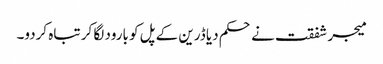
میجر شفقت نے حکم دیا ڈرین کے پل کو بارود لگا کر تباہ کردو۔